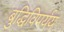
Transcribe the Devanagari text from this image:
बुद्धिविपर्यय